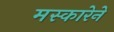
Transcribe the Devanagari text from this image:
मस्कारेने